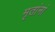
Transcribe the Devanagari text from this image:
मृतांनां